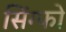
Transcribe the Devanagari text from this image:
सिंग्फो